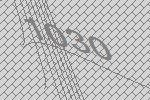
1030